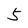
Character: 5